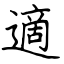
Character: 適